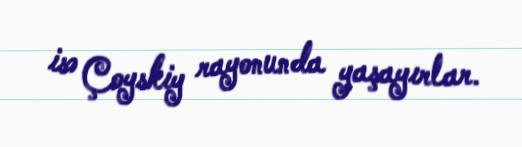
isə Çoyskiy rayonunda yaşayırlar.